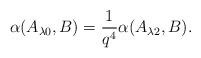
LaTeX: \begin{align*}\alpha(A_{\lambda0},B)=\dfrac{1}{q^4}\alpha(A_{\lambda2},B).\end{align*}